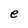
Character: e